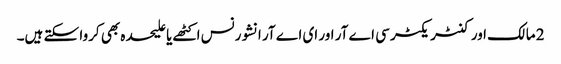
2 مالک اور کنٹریکٹر سی اے آر اور ای اے آر انشورنس اکٹھے یا علیحدہ بھی کروا سکتے ہیں۔